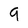
Character: 9